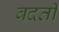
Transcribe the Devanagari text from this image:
वदती